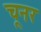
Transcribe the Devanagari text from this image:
चूनर